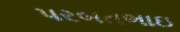
પરબતભાઇ